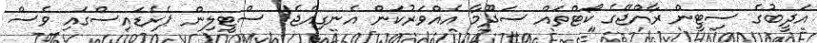
އަދީބުގެ ސިޓީން ރާއްޖޭގެ ކޯޓްތައް ސަދޫމާ އެއްވަރުކަން އެނގިއްޖެ! ސްޓީލިން ޕެރެޑައިސްގައި ވެސް